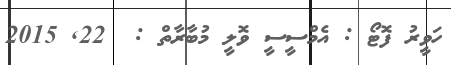
ހަވީރު ފޮޓޯ : އެމްސީސީ ވޮލީ މުބާރާތް :  22